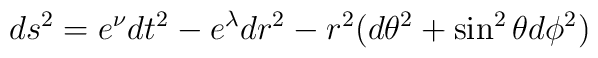
ds^2 = e^\nu dt^2 - e^\lambda dr^2 - r^2 ( d\theta^2 + \sin^2\theta d\phi^2)